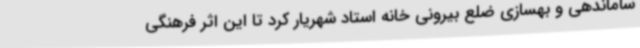
ساماندهی و بهسازی ضلع بیرونی خانه استاد شهریار کرد تا این اثر فرهنگی